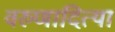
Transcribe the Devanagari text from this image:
वरुणादित्या